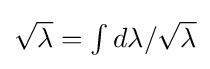
{\textstyle {\sqrt {\lambda }}=\int d\lambda /{\sqrt {\lambda }}}